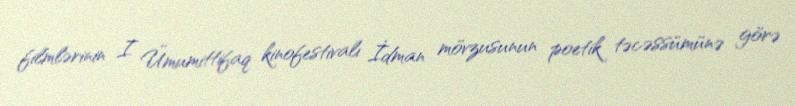
filmlərinin I Ümumittifaq kinofestivalı İdman mövzusunun poetik təcəssümünə görə